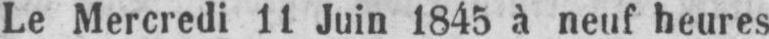
Le Mercredi 11 Juin 1845 à neuf heures